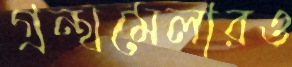
গ্রন্থমেলারও